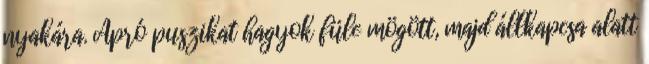
nyakára. Apró puszikat hagyok füle mögött, majd állkapcsa alatt